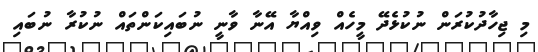
މި ޖިހާދުކުރަން ނުކުޅެދޭ މީހެއް ވިއްޔާ އޭނާ ވާނީ ނުބައިކަންތައް ނުކުރާ ނުބައި